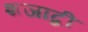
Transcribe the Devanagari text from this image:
शजाब्दी